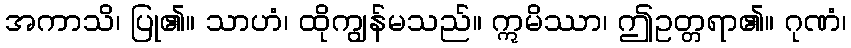
အကာသိ၊ ပြု၏။ သာဟံ၊ ထိုကျွန်မသည်။ ဣမိဿာ၊ ဤဥတ္တရာ၏။ ဂုဏံ၊